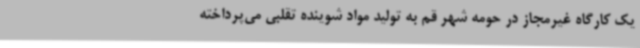
یک کارگاه غیرمجاز در حومه شهر قم به تولید مواد شوینده تقلبی می‌پرداخته